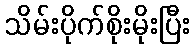
သိမ်းပိုက်စိုးမိုးပြီး